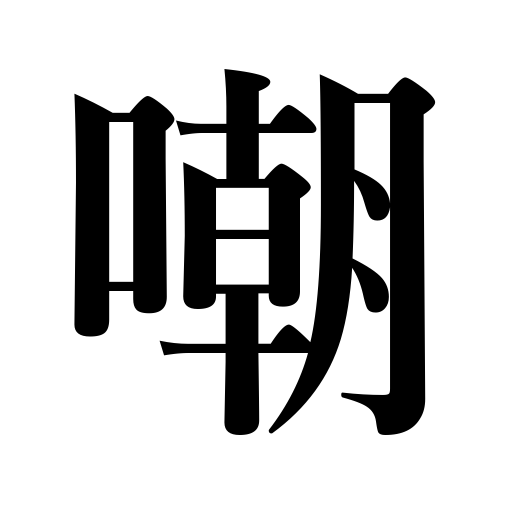
Meanings: rudicule,insult